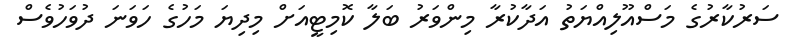
ސަރުކާރުގެ މަސްއޫލިއްޔަތު އަދާކުރާ މިންވަރު ބަލާ ކޮމިޓީއަށް މިދިޔަ މަހުގެ ހަވަނަ ދުވަހުވެސް